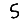
Digit: 5